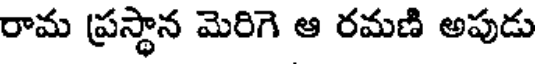
రామ ప్రస్థాన మెరిగె ఆ రమణి అపుడు